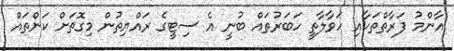
އާންމު ފަރާތްތަކާއި ހަވާލާތީ ހަބަރުތައް ބުނީ އެ ސިޓީގެ ރައްޔިތުން މިގޮތަށް ކަންތައް